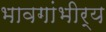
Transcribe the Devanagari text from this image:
भावगांभीर्य